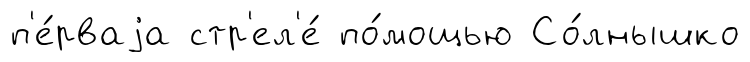
п'е́рваjа стр'ел'е́ по́мощью Со́лнышко